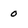
Character: 0